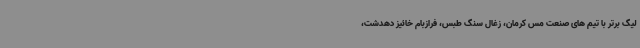
لیگ برتر با تیم های صنعت مس کرمان، زغال سنگ طبس، فرازبام خائیز دهدشت،